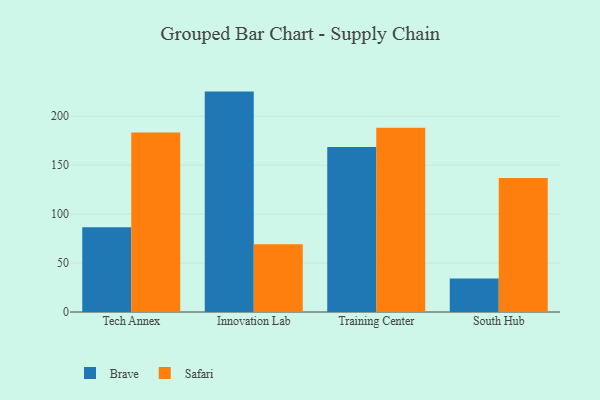
{"axis": {"x": "Campus", "y": "Population (Million)"}, "legend": ["Brave", "Safari"], "data": [{"x": "Tech Annex", "y": 86.6, "type": "Brave"}, {"x": "Tech Annex", "y": 183.4, "type": "Safari"}, {"x": "Innovation Lab", "y": 225.2, "type": "Brave"}, {"x": "Innovation Lab", "y": 69.3, "type": "Safari"}, {"x": "Training Center", "y": 168.5, "type": "Brave"}, {"x": "Training Center", "y": 188.3, "type": "Safari"}, {"x": "South Hub", "y": 34.2, "type": "Brave"}, {"x": "South Hub", "y": 136.9, "type": "Safari"}]}